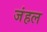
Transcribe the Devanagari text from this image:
जंहल